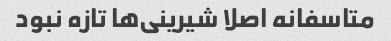
متاسفانه اصلا شیرینی‌ها تازه نبود